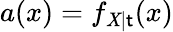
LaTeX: a(x)=f_{\mathit{X}\mid\mathsf{t}}(x)